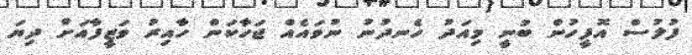
ފުލުސް އޮފީހުން ބުނީ މިއަދު ހެނދުނު ނުވައެއް ޖަހާކަން ހާއިރު ވަޒީފާއަށް ދިޔަ